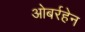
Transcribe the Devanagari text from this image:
ओबर्रहेन